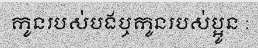
កូនរបស់បងឬកូនរបស់ប្អូន :